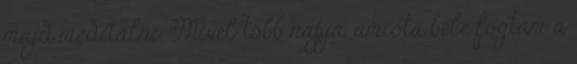
majd meditálni. Mivel több napja, amióta bele fogtam a